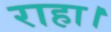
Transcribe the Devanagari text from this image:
राहा।